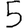
Digit: 5